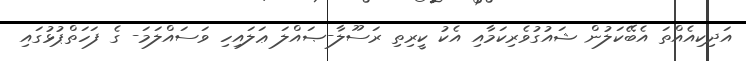
އަދިކިއެއްތަ އެބޭކަލުން ޝައުގުވެރިކަމާއި އެކު ކީރިތި ރަސޫލާ-ޞައްލަ ޢަލައިހި ވަސައްލަމަ- ގެ ފަހަތްޕުޅުގައި